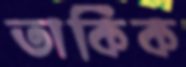
তার্কিক